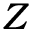
\boldsymbol Z